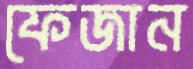
ফেজান